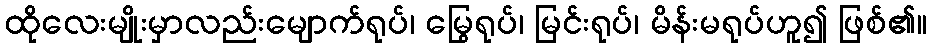
ထိုလေးမျိုးမှာလည်းမျောက်ရုပ်၊ မြွေရုပ်၊ မြင်းရုပ်၊ မိန်းမရုပ်ဟူ၍ ဖြစ်၏။